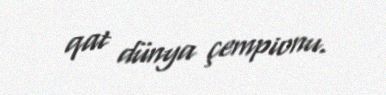
qat dünya çempionu.